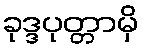
ခုဒ္ဒပုတ္တာမှိ